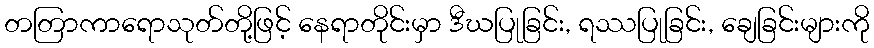
တတြာကာရောသုတ်တို့ဖြင့် နေရာတိုင်းမှာ ဒီဃပြုခြင်း, ရဿပြုခြင်း, ချေခြင်းများကို